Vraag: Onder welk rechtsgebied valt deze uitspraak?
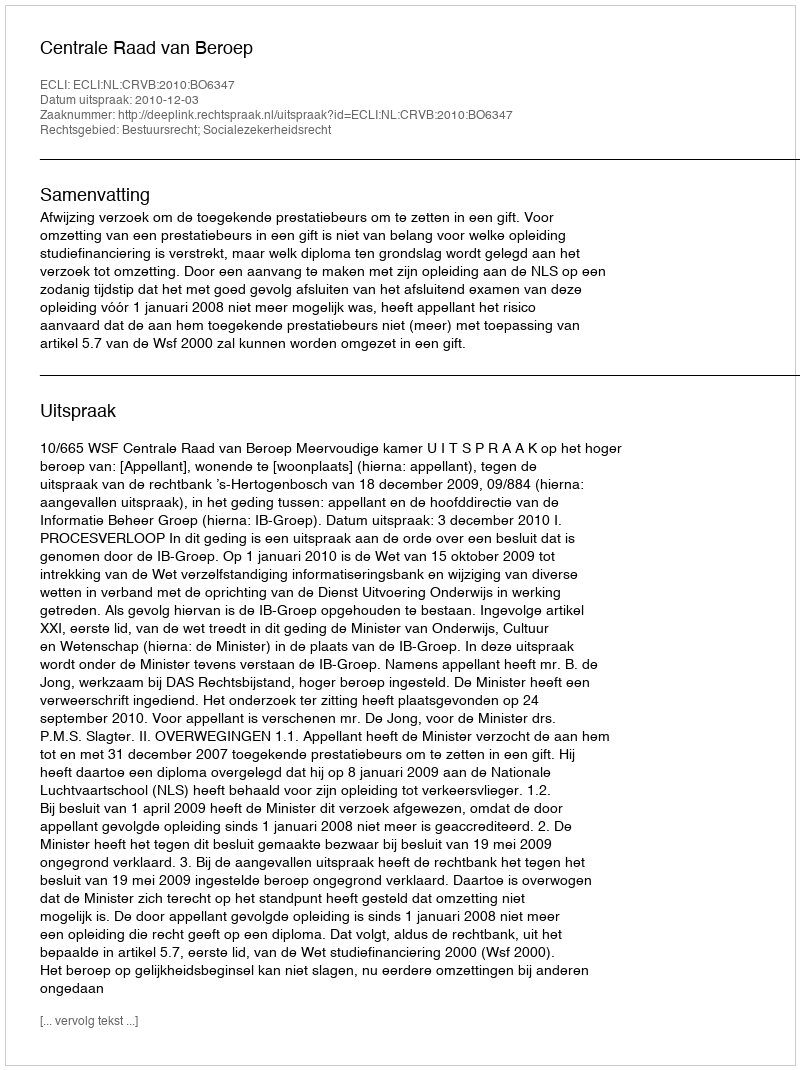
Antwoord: Bestuursrecht; Socialezekerheidsrecht